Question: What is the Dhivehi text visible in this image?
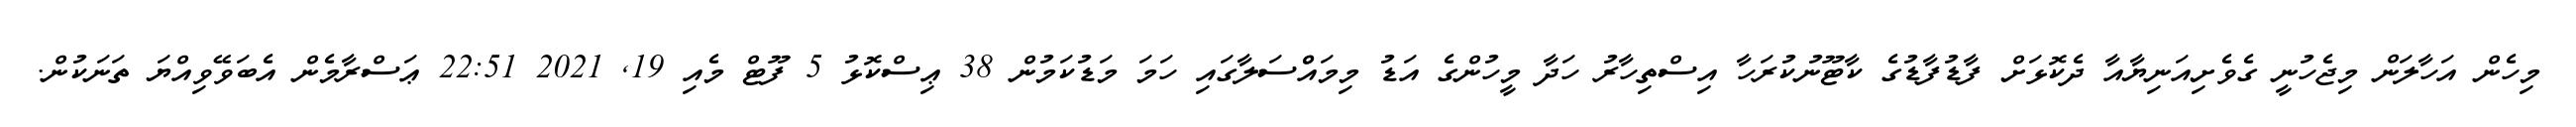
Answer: މިހެން އަހާލަން މިޖެހުނީ ގެވެށިއަނިޔާއާ ދެކޮޅަށް ފާޑުފާޑުގެ ކާޓޫނުކުރަހާ އިސްތިހާރު ހަދާ މީހުންގެ އަޑު މިމައްްސަލާގައި ހަމަ މަޑުކަމުން 38 ޢިސްކޮޅު 5 ފޫޓް މެއި 19, 2021 22:51 ޢަސްރާމެން އެބަވޭވިއްޔަ ތަނަކުން.